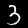
Label: 3